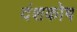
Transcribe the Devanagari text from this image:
दंशकोष